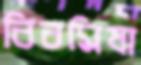
বিবমিষা